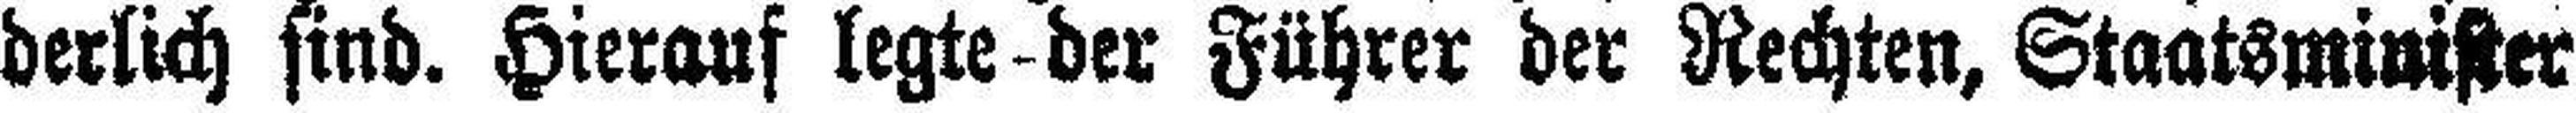
derlich sind. Hierauf legte-der Führer der Rechten, Staatsminister